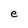
Character: e